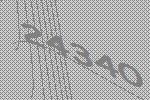
24340